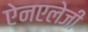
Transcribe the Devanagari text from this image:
ऐनएलेजी